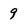
Character: 9